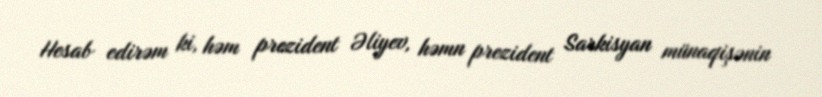
Hesab edirəm ki, həm prezident Əliyev, həmn prezident Sarkisyan münaqişənin